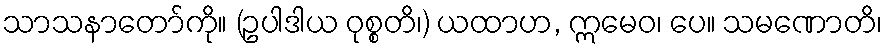
သာသနာတော်ကို။ (ဥပါဒါယ ဝုစ္စတိ၊) ယထာဟ, ဣမေဝ၊ ပေ။ သမဏောတိ၊